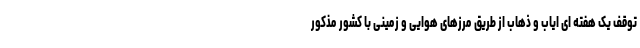
توقف یک هفته ای ایاب و ذهاب از طریق مرزهای هوایی و زمینی با کشور مذکور